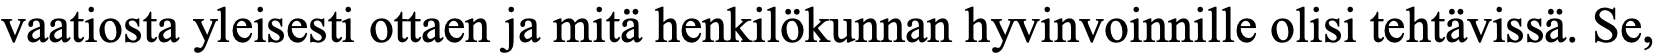
vaatiosta yleisesti ottaen ja mitä henkilökunnan hyvinvoinnille olisi tehtävissä. Se,